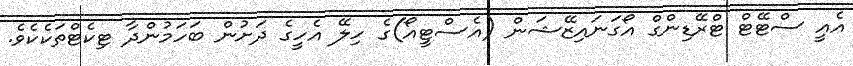
އެއީ ސްޓޭޓް ޓްރޭޑިންގް އޯގަނައިޒޭޝަން (އެސްޓީއޯ)ގެ ހިލޭ އެހީގެ ދަށުން ބަހަމުންދާ ޓިކެޓްތަކެކެވެ.